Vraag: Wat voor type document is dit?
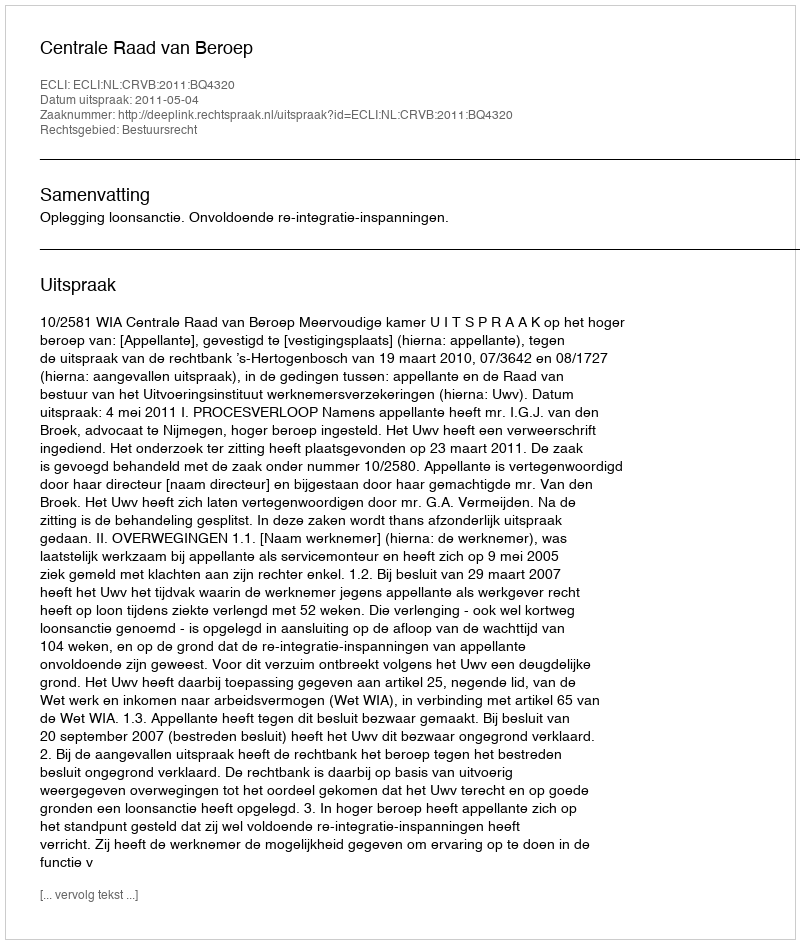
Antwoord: Uitspraak